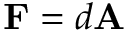
\mathbf { F } = d \mathbf { A }